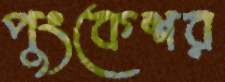
পুংকেশর